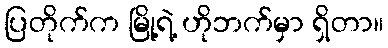
ပြတိုက်က မြို့ရဲ့ ဟိုဘက်မှာ ရှိတာ။